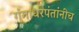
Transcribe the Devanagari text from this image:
गंगाधरपंतांनीच